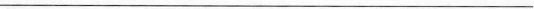
___